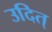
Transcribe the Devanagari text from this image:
उदित्